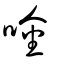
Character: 唫